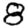
Digit: 8